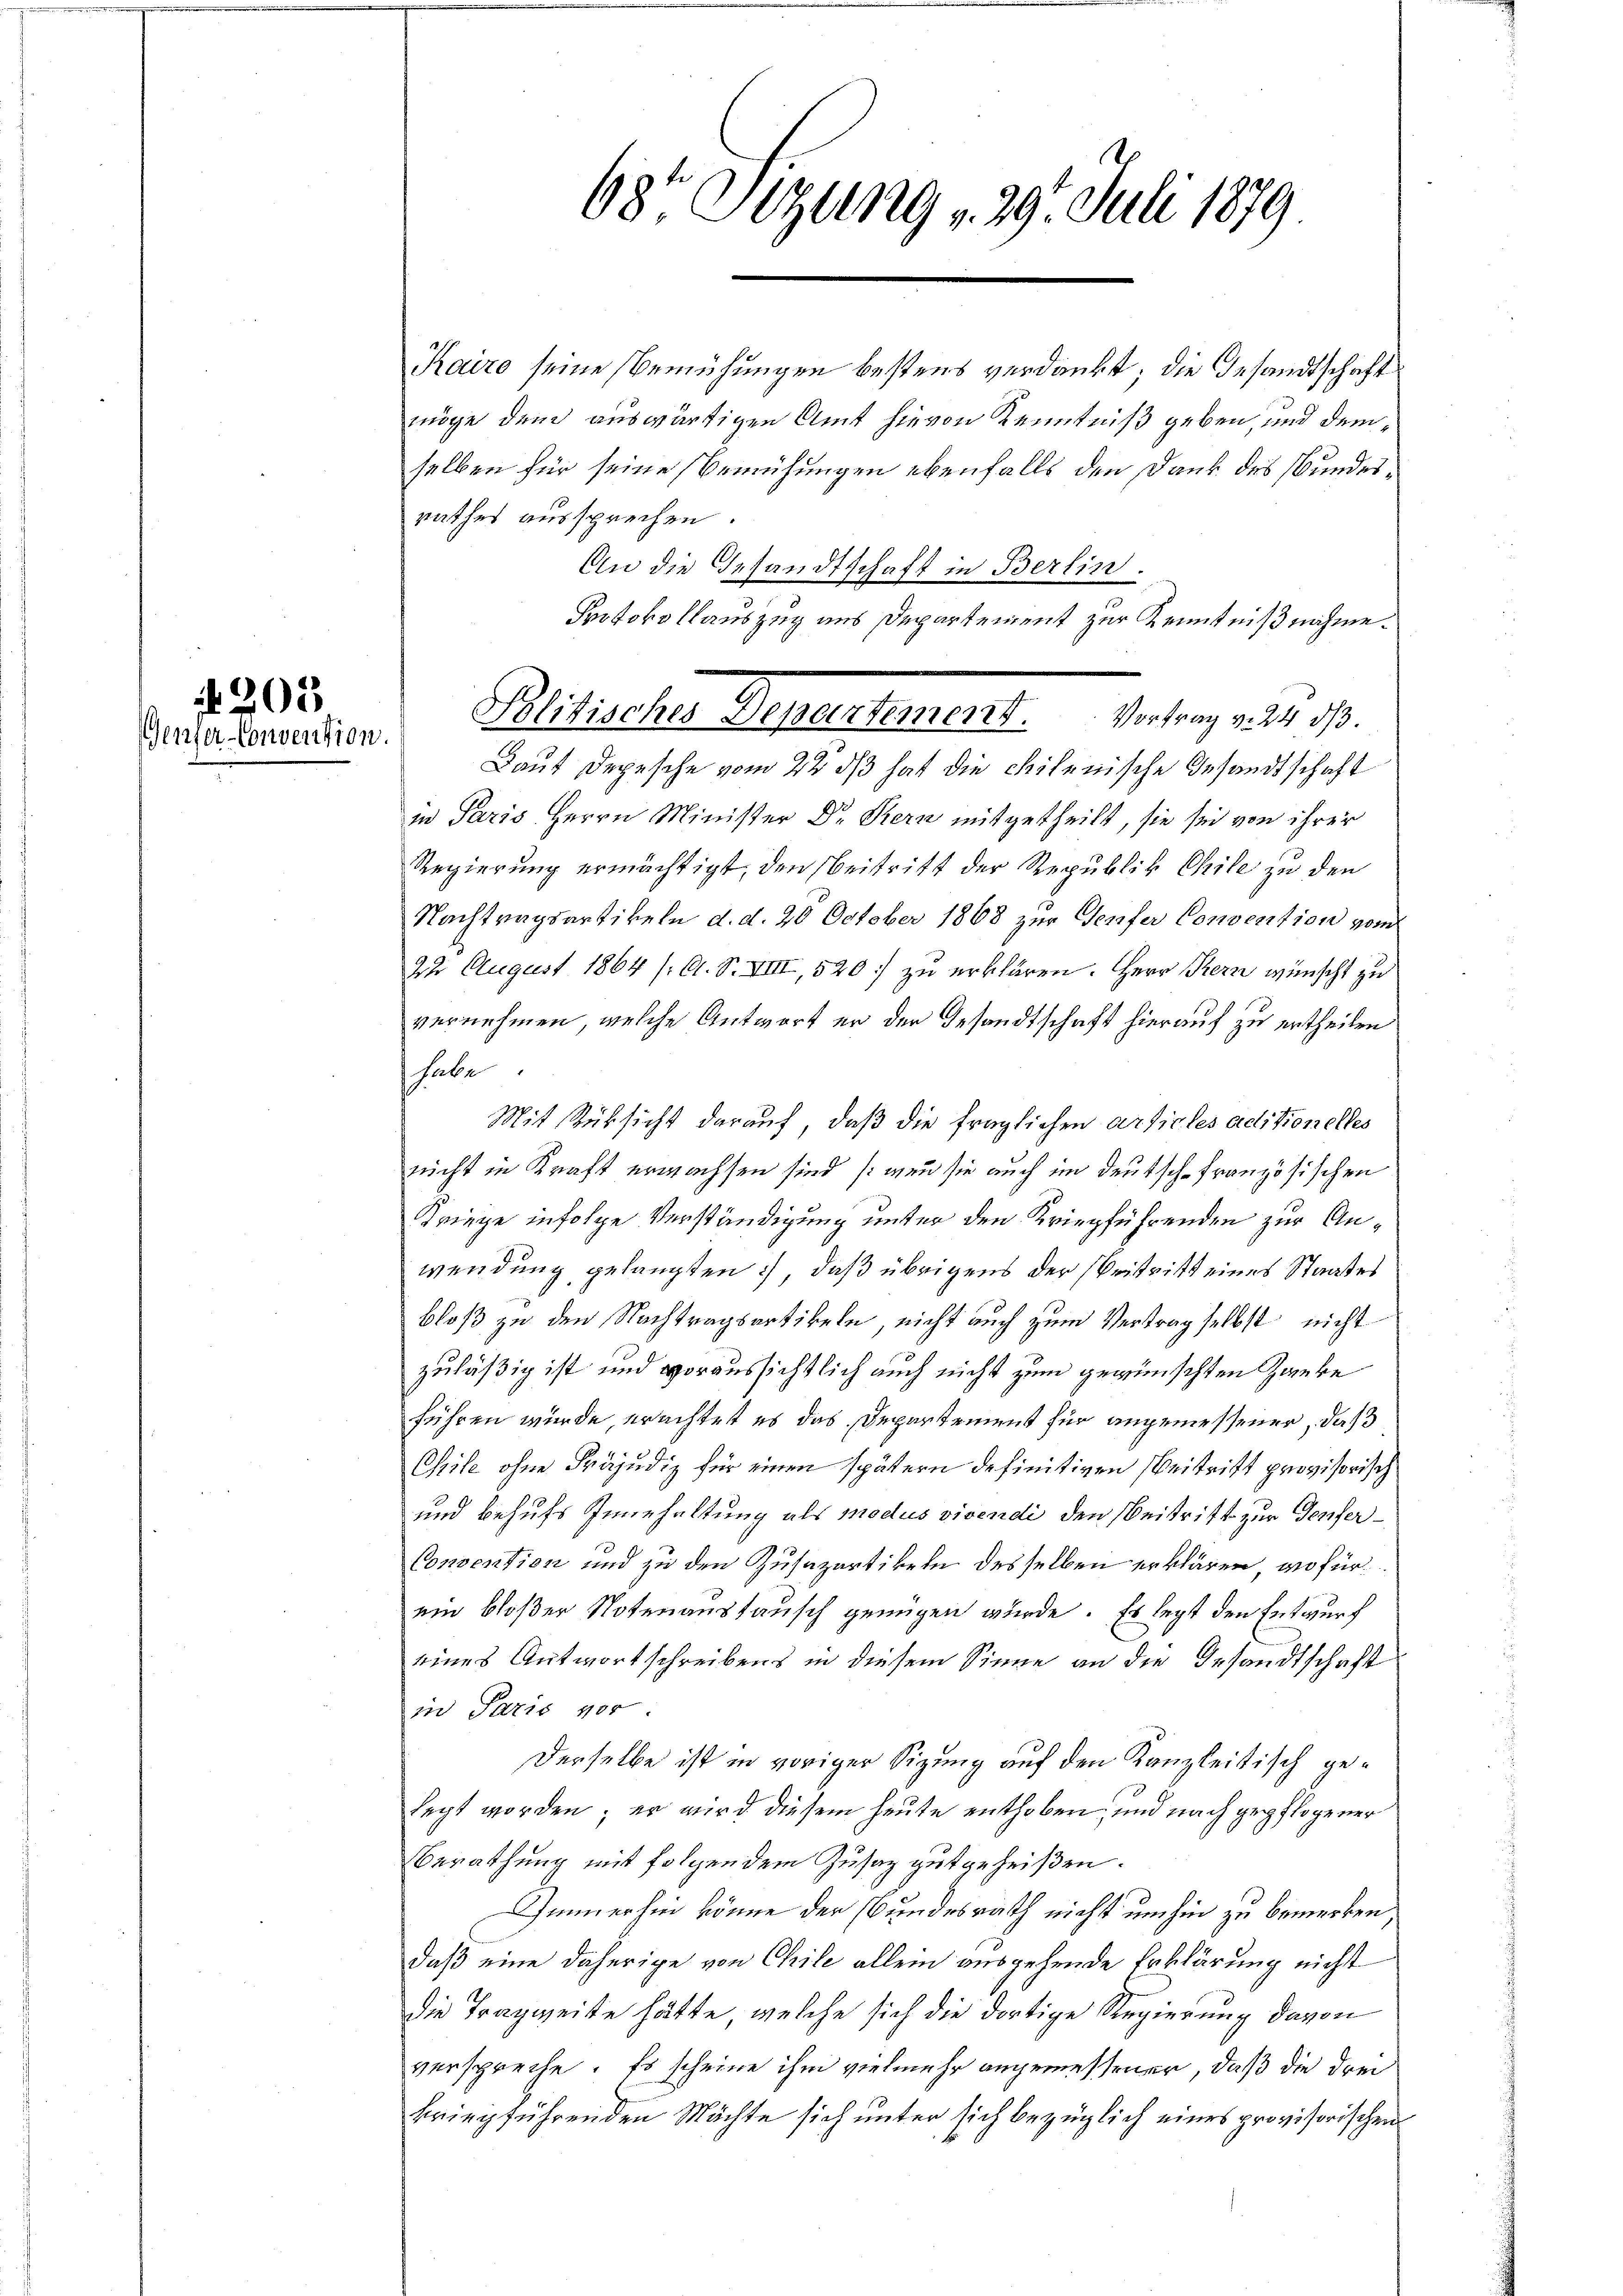
203
Gener-Convention.

68te Sitzung v. 29. Juli 1879

Kairo seine Bemühungen bestens verdankt; die Gesandtschaft
möge dem auswärtigen Amt hievon Kenntniß geben, und demselben für seine Bemühungen ebenfalls den Dank des Bundesrathes aussprechen.
An die Gesandtschaft in Berlin.
Protokollauszug aus Departement zur Kenntnißnahme.
Laut Depesche vom 22. ds hat die chilenische Gesandtschaft
in Paris Herrn Minister Dr. Stern mitgetheilt, sie sie von ihrer
Regierung ermächtigt, den Beitritt der Republik Chile zu den
Nachtragsartikeln d. d. 20 October 1868 zur Genfer Convention vom
22 August 1864 /: A. S. VIII, 520 zu erklären. Herr Kern wünscht zu
vernehmen, welche Antwort er der Gesandtschaft hierauf zu ertheilen
shalbe
Mit Rüksicht darauf, daß die fraglichen Articles aditionelles
rucht in Kraft erwachsen sind (wenn sie auch im Deutsch-Französischen
Kriege infolge Verständigung unter den Kriegführenden zur Anwendung gelangten, daß übrigens der Beitritt eines Staates
bloß zu den Nachtragsartikeln, nicht auch zum Vertrag selbst nicht
zuläßig ist und voraussichtlich auch nicht zum gewünschten Zweke
führen wurde, erachtet es das Departement für angemessener, daß
Chile ohne Präjudiz für einen spätern definitiven Beitritt provisorisch
und behufs Innehaltung als modus vivendi den Beitritt zur Teufer¬
Consention und zu den Zusazartikeln desselben erklären, wofür
ein bloßer Notenanstausch genügen wurde. Es legt den Entwurf
eines Antwortschreibens in diesem Sinne an die Gesandtschaft
in Paris vor
Derselbe ist in voriger Sizung auf den Kanzleitisch gelegt worden; er wird diesem heute enthoben, und nach gepflogener
Berathung mit folgen dem Zusaz gutgeheißen.
Immerhin könne der Bundesrath nicht umhin zu bemerken,
daß eine daherige von Chile allein ausgehende Erklärung nicht
die Tragweite hätte, welche sich die dortige Regierung davon
verspreche. Es scheine ihm vielmehr angemessener, daß die drei
kriegführenden Mächte sich unter sich bezüglich eines provisorischen

Mitialien Gegensteuer . . . . . .